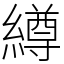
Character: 繜